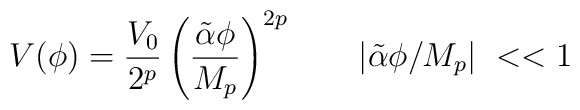
V(\phi)={V_0 \over 2^p}\left(\tilde{\alpha} \phi \over M_p \right)^{2p}~~~~~~|\tilde{\alpha} \phi/M_p|~<<1